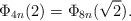
LaTeX: \begin{align*} \Phi_{4n}(2) = \Phi_{8n}(\sqrt{2}).\end{align*}